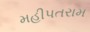
મહીપતરામ